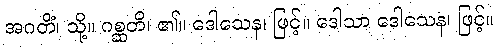
အဂတိံ၊ သို့။ ဂစ္ဆတိ၊ ၏။ ဒေါသေန၊ ဖြင့်။ ဒေါသာ ဒေါသေန၊ ဖြင့်။